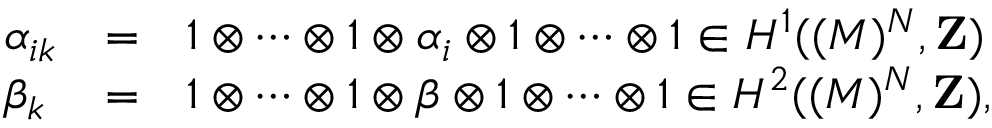
\begin{array} { l l l } { { \alpha _ { i k } } } & { { = } } & { { 1 \otimes \cdots \otimes 1 \otimes \alpha _ { i } \otimes 1 \otimes \cdots \otimes 1 \in H ^ { 1 } ( ( M ) ^ { N } , { \bf { Z } } ) } } \\ { { \beta _ { k } } } & { { = } } & { { 1 \otimes \cdots \otimes 1 \otimes \beta \otimes 1 \otimes \cdots \otimes 1 \in H ^ { 2 } ( ( M ) ^ { N } , { \bf { Z } } ) , } } \end{array}